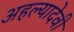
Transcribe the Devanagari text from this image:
अहल्यादेवी